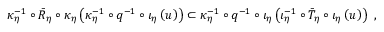
\kappa _ { \eta } ^ { - 1 } \circ \bar { R } _ { \eta } \circ \kappa _ { \eta } \left( \kappa _ { \eta } ^ { - 1 } \circ q ^ { - 1 } \circ \iota _ { \eta } \left( u \right) \right) \subset \kappa _ { \eta } ^ { - 1 } \circ q ^ { - 1 } \circ \iota _ { \eta } \left( \iota _ { \eta } ^ { - 1 } \circ \bar { T } _ { \eta } \circ \iota _ { \eta } \left( u \right) \right) \ ,